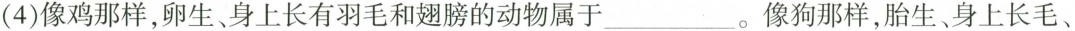
(4)像鸡那样，卵生、身上长有羽毛和翅膀的动物属于___。像狗那样，胎生、身上长毛、